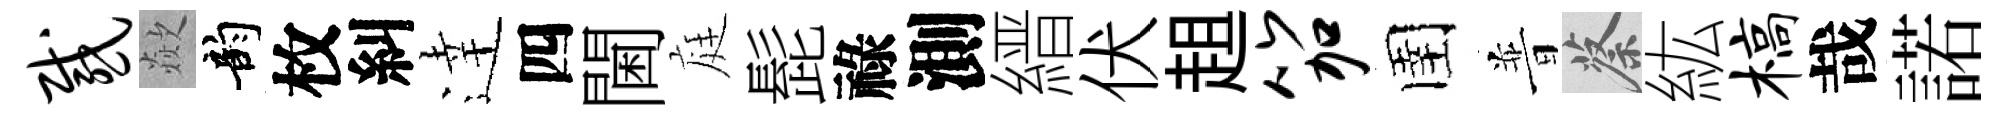
感歘韵枚糾逹四閫庭髭祿測縉伏趄笳圉普蔡紘槁哉諾